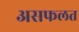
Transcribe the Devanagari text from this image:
असफलत